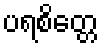
ပရစိတ္တေ